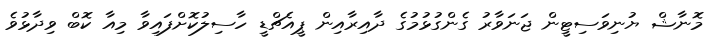
މޮނާޝް ޔުނިވަސިޓީން ޖަނަވާރު ގެންގުޅުމުގެ ދާއިރާއިން ޕީއެޗްޑީ ހާސިލުކޮށްފައިވާ މިއާ ކޮބް ވިދާޅުވެ